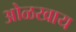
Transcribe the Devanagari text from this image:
ओळखाय